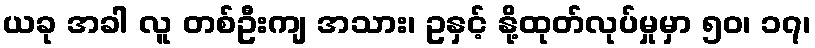
ယခု အခါ လူ တစ်ဦးကျ အသား၊ ဥနှင့် နို့ထုတ်လုပ်မှုမှာ ၅၀၊ ၁၇၊